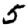
Digit: 5